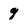
Character: 9